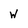
Character: w